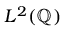
L ^ { 2 } ( \mathbb { Q } )